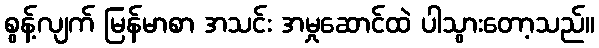
စွန့်လျက် မြန်မာစာ အသင်း အမှုဆောင်ထဲ ပါသွားတော့သည်။